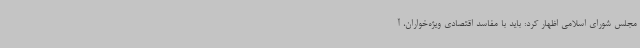
مجلس شورای اسلامی اظهار کرد: باید با مفاسد اقتصادی ویژه‌خواران، آ